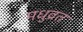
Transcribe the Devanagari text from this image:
मधुव्रत